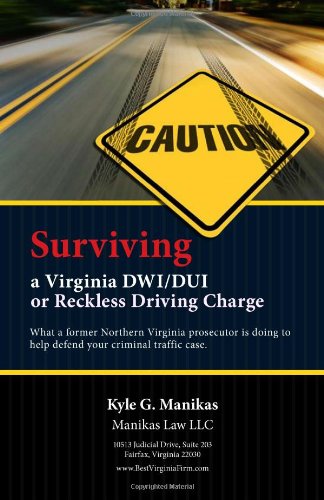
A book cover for Surviving a Virginia Dui/dwi or Reckless Driving Charge; Kyle Manikas; Law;